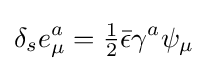
\delta _{s}e_{\mu }^{a}={\tfrac {1}{2}}{\bar {\epsilon }}\gamma ^{a}\psi _{\mu }